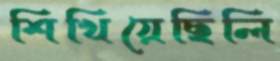
শিখিয়েছিলি